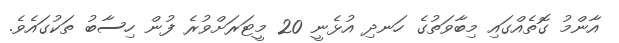
އާންމު ގޮތެއްގައި މިބާވަތުގެ ހަނދި އުޅެނީ 20 މީޓަރަށްވުރެ ފުން ހިސާބު ތަކުގައެވެ.